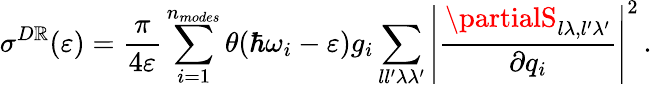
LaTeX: \sigma^{D\mathbb{R}}(\varepsilon)=\frac{{\pi}}{{4\varepsilon}}\sum_{i=1}^{n_{modes}}\theta(\hbar\omega_{i}-\varepsilon)g_{i}\sum_{ll^{\prime}\lambda\lambda^{\prime}}\left\vert\frac{{\partialS_{l\lambda,l^{\prime}\lambda^{\prime}}}}{{\partial{q}_{i}}}\right\vert^{2}\, .